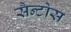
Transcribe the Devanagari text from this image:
सैन्टोस